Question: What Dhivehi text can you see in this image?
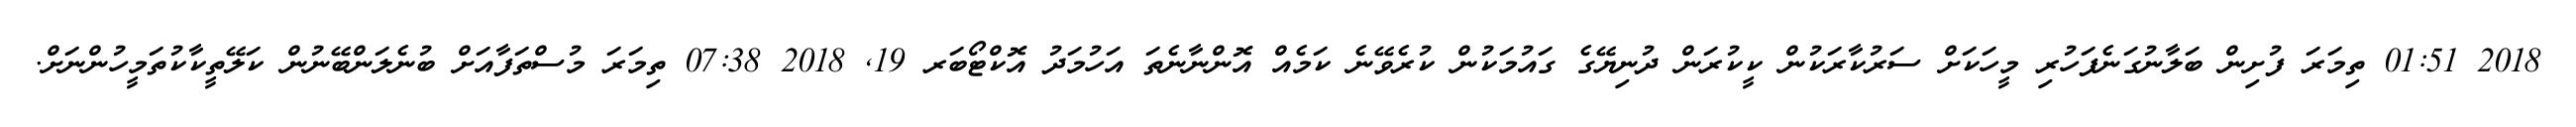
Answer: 2018 01:51 ތިމަރަ ފުށިން ބަލާނުގަނެފަހުރި މީހަކަށް ސަރުކާރަކުން ކީކުރަން ދުނިޔޭގެ ގައުމަކުން ކުރެވޭނެ ކަމެއް އޮންނާނެތަ އަހުމަދު އޮކްޓޯބަރ 19, 2018 07:38 ތިމަރަ މުސްތަފާއަށް ބުނެލަންބޭނުން ކަލޭތީކާކުތަމީހުންނަށް.